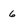
Character: 6